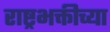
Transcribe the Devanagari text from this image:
राष्ट्रभक्तीच्या